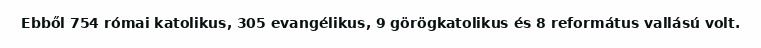
Ebből 754 római katolikus, 305 evangélikus, 9 görögkatolikus és 8 református vallású volt.